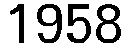
1958